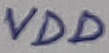
Text: VDD